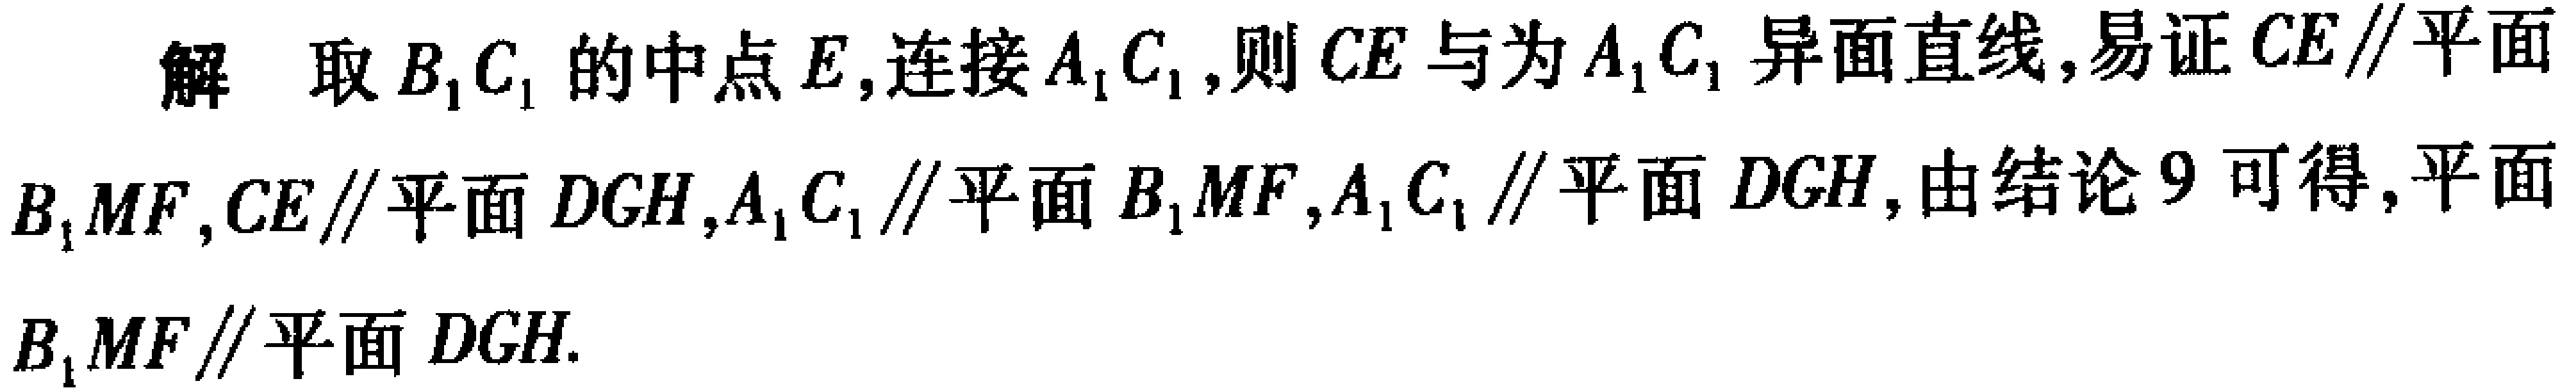
解 取 \(B_{1}C_{1}\) 的中点 \(E\),连接 \(A_{1}C_{1}\),则 \(CE\) 与为 \(A_{1}C_{1}\) 异面直线,易证 \(CE\parallel\)平面 \(B_{1}MF\),\(CE\parallel\)平面 \(DGH\),\(A_{1}C_{1}\parallel\)平面 \(B_{1}MF\),\(A_{1}C_{1}\parallel\)平面 \(DGH\),由结论 \(9\) 可得,平面 \(B_{1}MF\parallel\)平面 \(DGH\).